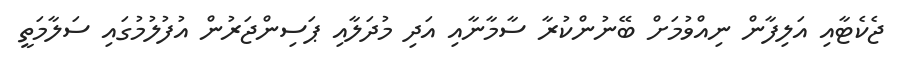
ޖެކެޓާއި އަލިފާން ނިއްވުމަށް ބޭނުންކުރާ ސާމާނާއި އަދި މުދަލާއި ޕަސިންޖަރުން އުފުލުމުގައި ސަލާމަތީ